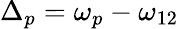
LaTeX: {\Delta_{p}}={\omega_{p}}-{\omega_{12}}